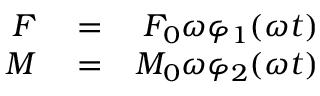
\begin{array} { r l r } { F } & { { } = } & { F _ { 0 } \omega \varphi _ { 1 } ( \omega t ) } \\ { M } & { { } = } & { M _ { 0 } \omega \varphi _ { 2 } ( \omega t ) } \end{array}